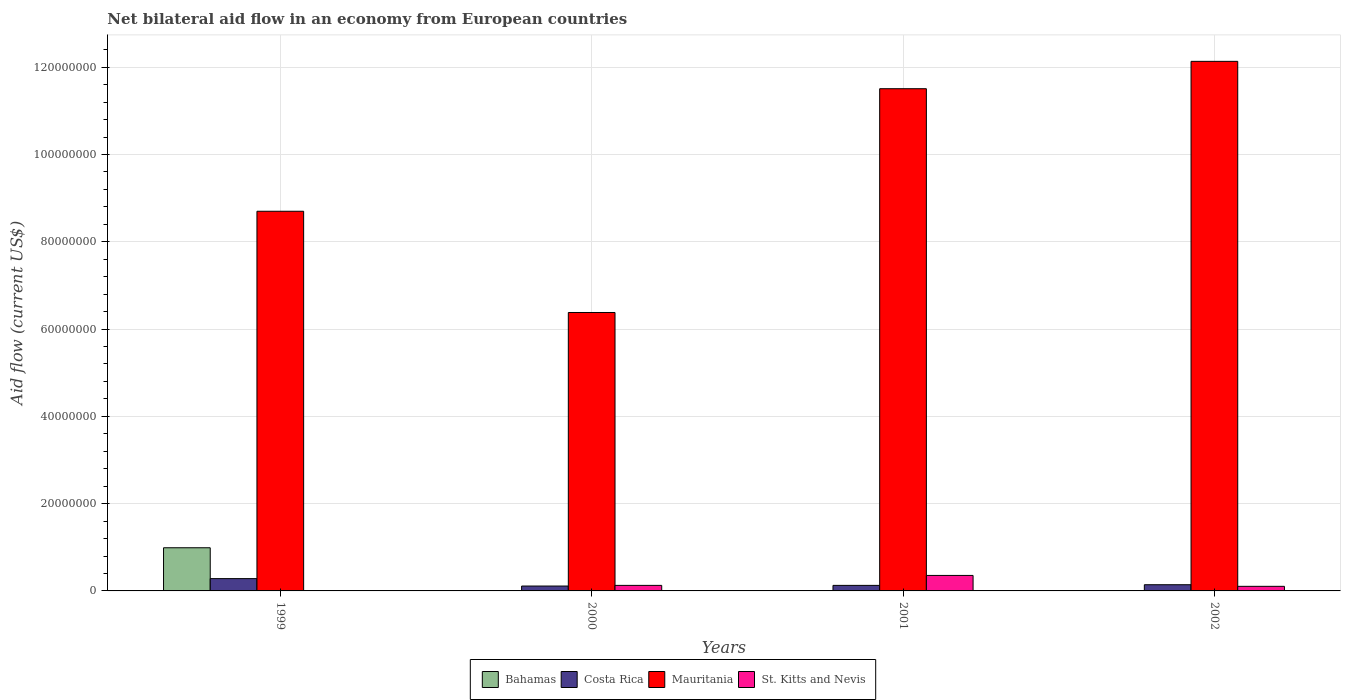
| Years | Bahamas | Costa Rica | Mauritania | St. Kitts and Nevis |
 | --- | --- | --- | --- | --- |
 | 1999 | 9.89e+06 | 2.82e+06 | 8.7e+07 | -1.3e+05 |
 | 2000 | -4e+04 | 1.12e+06 | 6.38e+07 | 1.27e+06 |
 | 2001 | -1.2e+05 | 1.27e+06 | 1.15e+08 | 3.55e+06 |
 | 2002 | -3.99e+06 | 1.42e+06 | 1.21e+08 | 1.05e+06 |